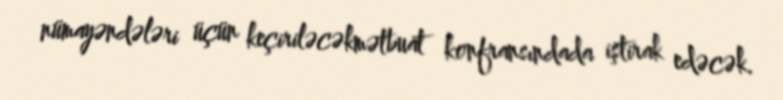
nümayəndələri üçün keçiriləcəkmətbuat konfransındada iştirak edəcək.